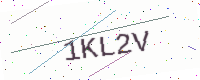
Text: 1KL2V